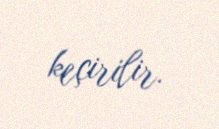
keçirilir.